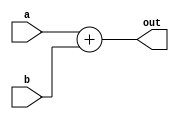
`timescale 1ns / 1ps
module summator(
    input [7:0] a,
    input [7:0] b,
    output [7:0] out
);

assign out = a + b;
endmodule